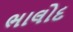
ભાલોદ